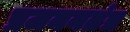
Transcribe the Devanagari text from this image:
प्रजननतंत्र